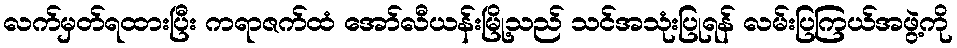
လက်မှတ်ရထားပြီး ကရာဇက်ထံ အော်လီယန်းမြို့သည် သင်အသုံးပြုရန် လမ်းပြကြယ်အဖွဲ့ကို